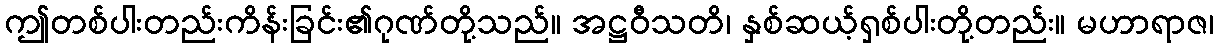
ဤတစ်ပါးတည်းကိန်းခြင်း၏ဂုဏ်တို့သည်။ အဋ္ဌဝီသတိ၊ နှစ်ဆယ့်ရှစ်ပါးတို့တည်း။ မဟာရာဇ၊